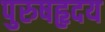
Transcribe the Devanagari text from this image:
पुरुषहृदय